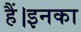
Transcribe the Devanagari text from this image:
हैं।इनका